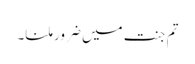
تم جنت میں ضرور ملنا۔